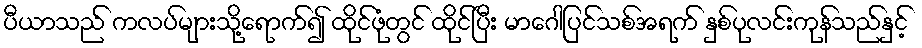
ပီယာသည် ကလပ်များသို့ရောက်၍ ထိုင်ဖုံတွင် ထိုင်ပြီး မာဂေါပြင်သစ်အရက် နှစ်ပုလင်းကုန်သည်နှင့်